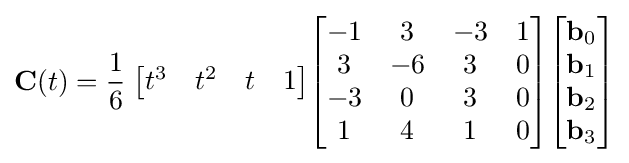
\mathbf {C} (t)={\frac {1}{6}}\;{\begin{bmatrix}t^{3}&t^{2}&t&1\end{bmatrix}}{\begin{bmatrix}-1&3&-3&1\\3&-6&3&0\\-3&0&3&0\\1&4&1&0\end{bmatrix}}{\begin{bmatrix}\mathbf {b} _{0}\\\mathbf {b} _{1}\\\mathbf {b} _{2}\\\mathbf {b} _{3}\end{bmatrix}}